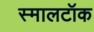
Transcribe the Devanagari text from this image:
स्मालटॉक